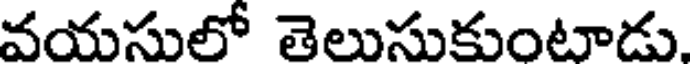
వయసులో తెలుసుకుంటాడు.